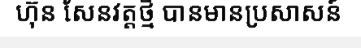
ហ៊ុន សែនវត្តថ្មី បានមានប្រសាសន៍